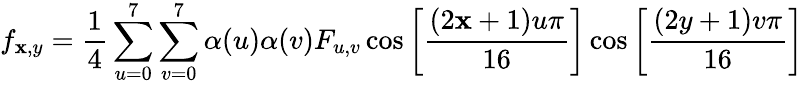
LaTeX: f_{\mathbf{x},y}={\frac{{1}}{{4}}}\sum_{u=0}^{7}\sum_{v=0}^{7}\alpha(u)\alpha(v)F_{u,v}\cos\left[{\frac{{(2\mathbf{x}+1)u\pi}}{{16}}}\right]\cos\left[{\frac{{(2y+1)v\pi}}{{16}}}\right]